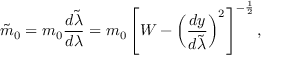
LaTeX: \tilde { m } _ { 0 } = m _ { 0 } { \frac { d \tilde { \lambda } } { d \lambda } } = m _ { 0 } \left[ { \cal W } - \left( { \frac { d y } { d \tilde { \lambda } } } \right) ^ { 2 } \right] ^ { - { \frac { 1 } { 2 } } } ,